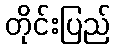
တိုင်းပြည်